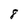
Character: 8